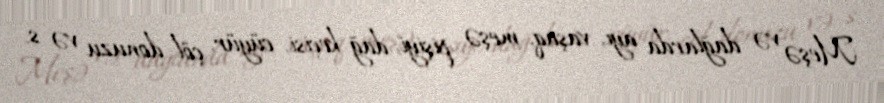
Meşə və dağlarda ayı, vaşaq, meşə pişiyi, dağ keçisi, cüyür, çöl donuzu və s.